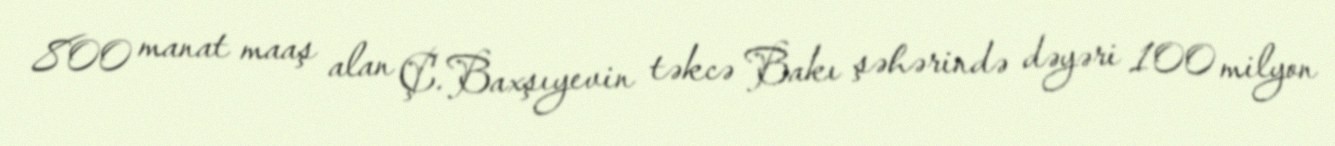
800 manat maaş alan Ç.Baxşıyevin təkcə Bakı şəhərində dəyəri 100 milyon